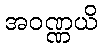
အဝဏ္ဏယိ